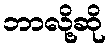
ဘာလို့ဆို